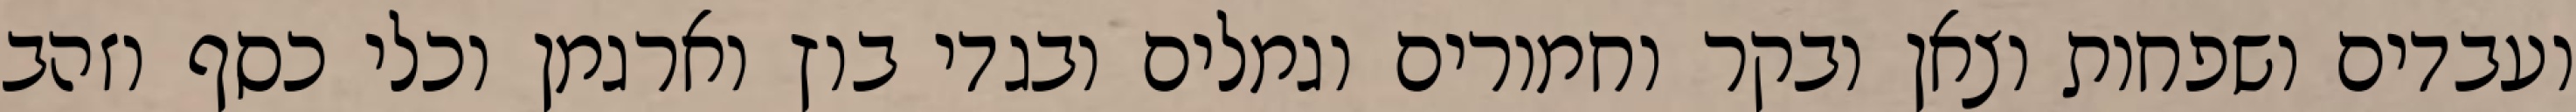
ועבדים ושפחות וצאן ובקר וחמורים וגמלים ובגדי בוץ וארגמן וכלי כסף וזהב